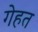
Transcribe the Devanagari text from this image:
गेहत